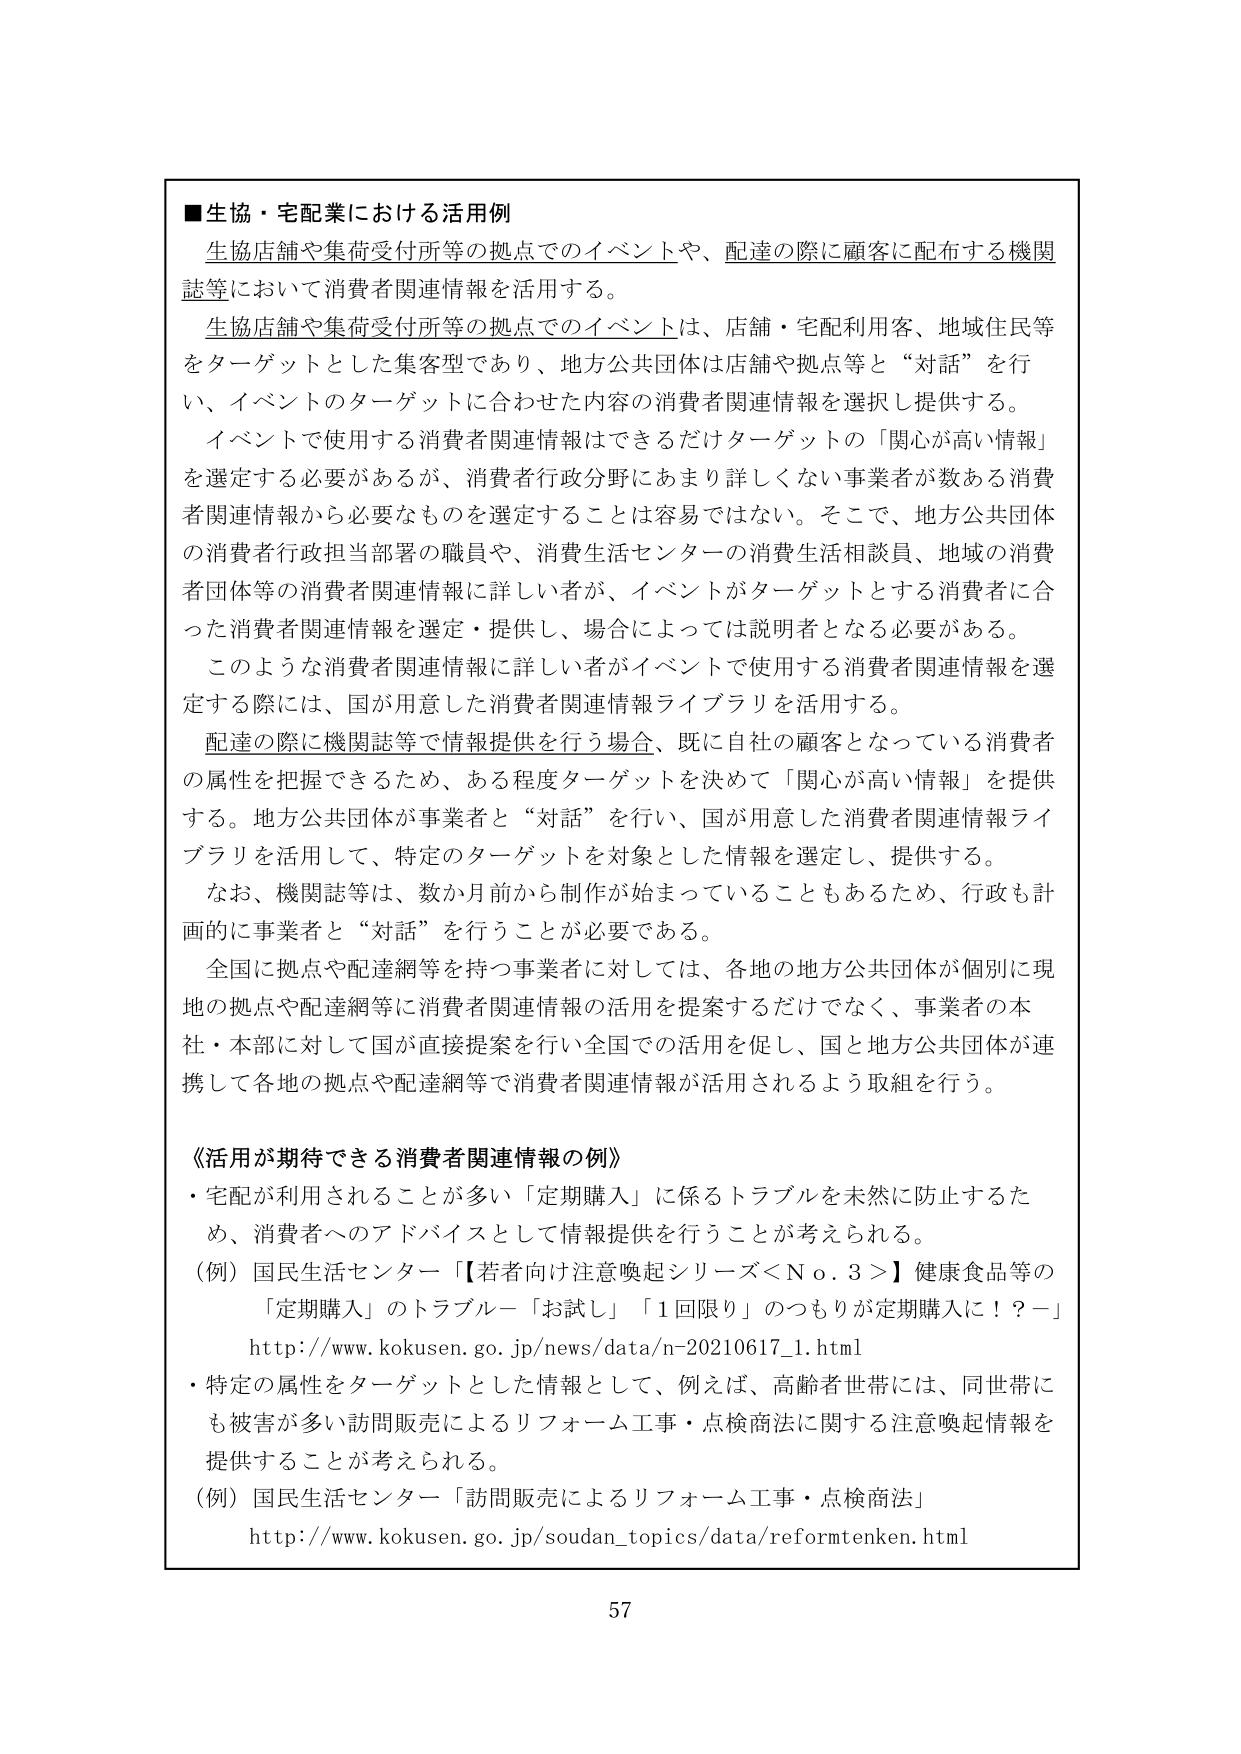
■生協・宅配業における活用例
生協店舗や集荷受付所等の拠点でのイベントや、配達の際に顧客に配布する機関誌等において消費者関連情報を活用する。
生協店舗や集荷受付所等の拠点でのイベントは、店舗・宅配利用客、地域住民等をターゲットとした集客型であり、地方公共団体は店舗や拠点等と「対話」を行い、イベントのターゲットに合わせた内容の消費者関連情報を選択し提供する。
イベントで使用する消費者関連情報はできるだけターゲットの「関心が高い情報」を選定する必要があるが、消費者行政分野にあまり詳しくない事業者があるため、消費者関連情報から必要なものを選定することは容易ではない。そこで、地方公共団体の消費者行政担当部署の職員や、消費生活センターの消費生活相談員、地域の消費者団体等の消費者関連情報に詳しい者が、イベントがターゲットとする消費者に合った消費者関連情報を選定・提供し、場合によっては説明者となる必要がある。
このような消費者関連情報に詳しい者がイベントで使用する消費者関連情報を選定する際には、国が用意した消費者関連情報ライブラリを活用する。
配達の際に機関誌等で情報提供を行う場合、既に自社の顧客となっている消費者の属性を把握できるため、ある程度ターゲットを決めて「関心が高い情報」を提供する。地方公共団体が事業者と「対話」を行い、国が用意した消費者関連情報ライブラリを活用して、特定のターゲットを対象とした情報を選定し、提供する。
なお、機関誌等は、数か月前から制作が始まっていることもあるため、行政も計画的に事業者と「対話」を行うことが必要である。
全国に拠点や配達網等を持つ事業者に対しては、各地の地方公共団体が個別に現地の拠点や配達網等に消費者関連情報の活用を提案するだけでなく、事業者の本社・本部に対して国が直接提案を行い全国での活用を促し、国と地方公共団体が連携して各地の拠点や配達網等で消費者関連情報が活用されるよう取組を行う。

《活用が期待できる消費者関連情報の例》
・宅配が利用されることが多い「定期購入」に係るトラブルを未然に防止するため、消費者へのアドバイスとして情報提供を行うことが考えられる。
（例）国民生活センター「【若者向け注意喚起シリーズ＜Ｎｏ．３＞】健康食品等の「定期購入」のトラブル－「お試し」「１回限り」のつもりが定期購入に！？－」
http://www.kokusen.go.jp/news/data/n-20210617_1.html
・特定の属性をターゲットとした情報として、例えば、高齢者世帯には、同世帯にも被害が多い訪問販売によるリフォーム工事・点検商法に関する注意喚起情報を提供することが考えられる。
（例）国民生活センター「訪問販売によるリフォーム工事・点検商法」
http://www.kokusen.go.jp/soudan_topics/data/reformtenken.html

57